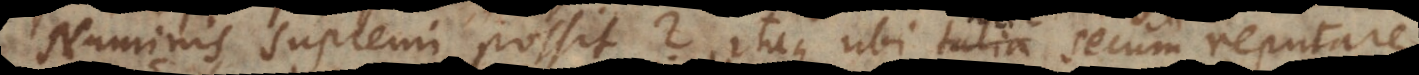
Numinis supremi possi[n]t? Itaque ubi haec secum reputare